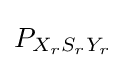
\textstyle P_{X_{r}S_{r}Y_{r}}